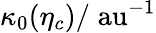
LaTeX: \kappa_{0}(\eta_{c})/\; {\mathrm{au}}^{-1}